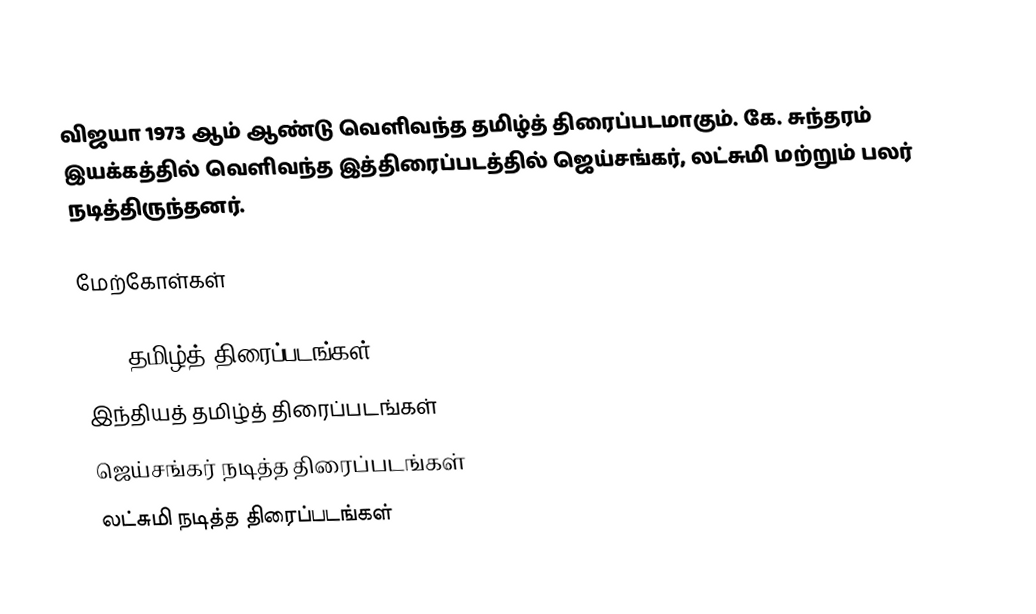
விஜயா 1973 ஆம் ஆண்டு வெளிவந்த தமிழ்த் திரைப்படமாகும். கே. சுந்தரம் இயக்கத்தில் வெளிவந்த இத்திரைப்படத்தில் ஜெய்சங்கர், லட்சுமி மற்றும் பலர் நடித்திருந்தனர்.

மேற்கோள்கள்

1973 தமிழ்த் திரைப்படங்கள்
இந்தியத் தமிழ்த் திரைப்படங்கள்
ஜெய்சங்கர் நடித்த திரைப்படங்கள்
லட்சுமி நடித்த திரைப்படங்கள்